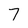
Character: 7